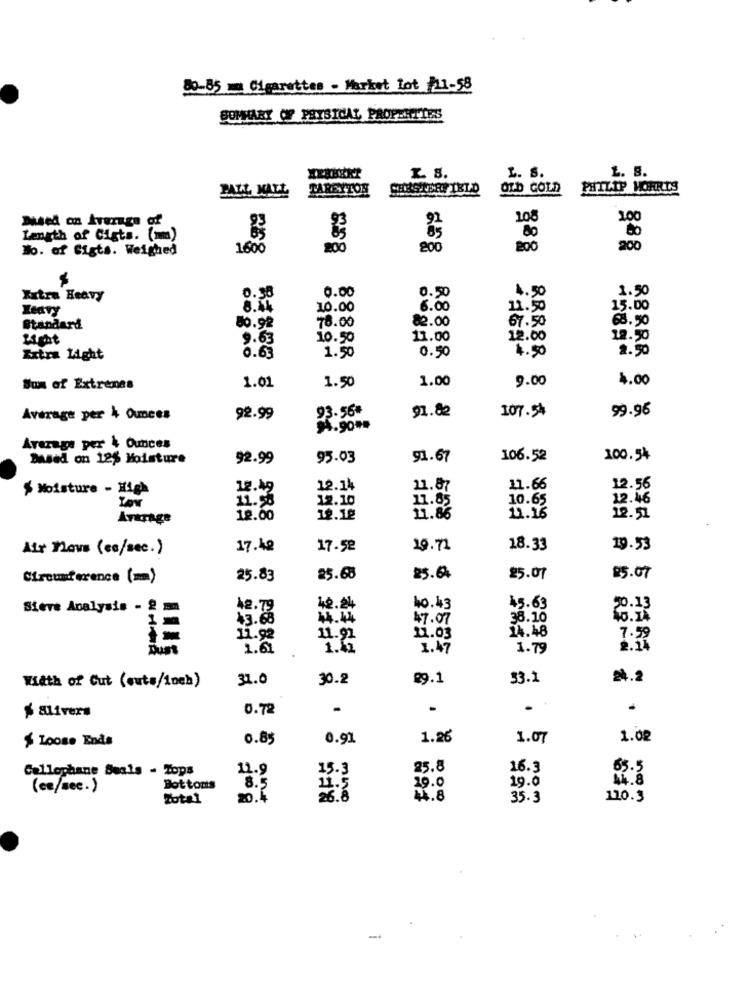
80-85 - Cigarettes - Market Lot /11-58
SUMMARY OF PHYSICAL PROPERTIES
L. S.
HERBERT
2 8.
L. 8.
PALL MALL
TAREXTON
CHESTERFIELD
OLD GOLD
PHILIP MORRIS
108
100
Based on Average of
80
Length of Cigts. (mm)
No. of Sigts. Weighed
1600
268
2:00
200
288
200
200
0.00
4.50
1.50
Xxtra Heavy
0.38
0.50
Heavy
10.00
6.00
11.50
15.00
78.00
82.00
67.50
68.50
Standard
80.92
9.63
10.50
11.00
12.00
12.50
0.63
4.50
2.50
Extra Light
1.50
0.50
1.00
9.00
4.00
Som of Extrenas
1.01
1.50
93.56*
91.82
107.54
99.96
Average per 4 Ounces
92.99
94.90 **
Average per & Ounces
Based on 125 Moisture
92.99
93.03
91.67
106.52
100.54
$ Moisture - High
12.49
12.14
11.87
11.66
12.56
11.18
12.10
11.85
10.65
12.46
LOW
Average
12.00
19.18
11.86
11.16
12.51
Air nows (cc/sec.)
17.42
17.52
19.72
18.33
19.53
Circumference (m)
25.83
25.68
25.04
25.07
25.07
Sieve Analysis - 2 mm
42.79
42.24
10.43
45.63
43.68
47.07
38.10
14.48
11.92
11.91
11.03
7.59
Duss
1.61
1.42
1.47
1.79
Width of Cut (outs/1och)
31.0
30.2
89.1
33.2
24.2
$ alivers
0.72
-
-
$ Loose Ends
0.85
0.91
1.26
1.07
1.02
Cellophane Seals - Tops
11.9
15.3
25.8
16.3
65.5
19.0
44.8
(ce/see.)
Bottoms
8.5
11.5
19.0
Total
20.4
26.8
44.8
35.3
120.3
-